Account of plague administration in the Bombay Presidency from September 1896 till May 1897
Year: 1896
Disease focus: Plague
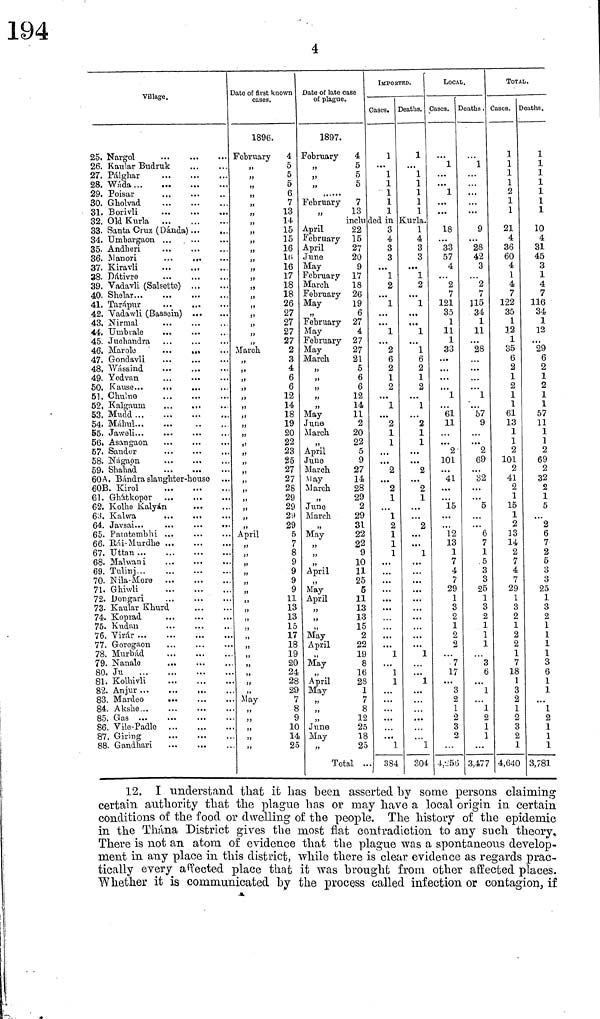
4
Village.
25. Nargol
26. Kaular Budruk
27. Pálghar
28. Wáda
29. Poisar
30. Gholvad
31. Borivli
32. Old Kurla
33. Sauta Cruz (Dánda)
34. Umbargaon
35. Andheri
36. Manori
37. Kiravli
38. Dátivre
39. Vadavli (Salsette)
40. Shelar
41. Tarápur
42. Vadawli (Bassein)
43, Nirmal
44. Umbrale
...
45. Juchandra
46.
Marole
...
,
47. Gondavli
...
...
48, Wássind
49. Yedvan
51. Chaine
52, Kalgaum
...
...
53. Mudd
54. Máhul
56. Asangaon
...
...
...
57· Sandor
58. Nágapn
59, Shahad
60A. Bándra slaughter-house
60B. Kirol
61. Ghâtkopor
62. Kolhe Kalyán
63. Kalwa
65. Patntembhi
66. Rίi-Murdhe
67. Uttan
68. Malvani
69. Tulitij
70. Nila-More
71. Ghiwli
72. Dongari
73- Kaular Khurd
74. Koprad
75. Kudan
76. Virar
77. Goregaon
78. Murbád
79.
Nanale
..,
80. Ju
81. Kolhivli
82.
Anjur
...
83. Mardeo
84. Akshe
85. Gas
86. Vile-Padle
87. Giring
88. Gandhari
Date of first known
casos.
1896.
February
4
,,
5
,, 5
,, 5
,, 6
,, 7
,, 13
,, 14
,, 15
,, 15
,, 16
,, 16
,, 16
,, 17
,, 18
,, 18
,, 26
,, 27
,, 27
,, 27
,, 27
March
2
,, 3
,, 4
,, 6
,, 6
,, 12
,, 14
,, 18
,, 19
,, 20
,, 22
,, 23
,, 25
,, 27
,, 27
,, 28
,, 29
,, 29
,, 29
,, 29
April
5
,, 7
,, 8
,, 9
,, 9
,, 9
,, 9
,, 11
,, 13
,, 13
,, 15
,, 17
,, 18
,, 19
,, 20
,, 24
,, 28
,, 29
May
7
,, 8
,, 9
,, 10
,, 14
,, 25
Date of late case
of plague.
1897.
February
4
,, 5
,, 5
,, 5
February
7
,, 13
included
April
22
February 15
April
27
June
20
May
9
February 17
March
18
February 26
May
19
,, 6
February 27
May
4
February 27
May
27
March
21
,, 5
,, 6
,, 6
,, 12
,, 14
May
11
June
2
March
20
,, 22
April
5
June
9
March
27
May
14
March
28
,, 29
June
2
March
29
,, 31
May
22
,, 22
,, 9
,, 10
April
11
,, 25
May
5
April
11
,, 13
,, 3
,, 15
May
2
April
22
,, 19
May
8
,, 16
April
28
May
1
,, 7
,, 8
,, 12
June
25
May
18
,, 25
Total
IMPORTeD.
Oases.
1
1
1
1
1
1
in
3
4
3
3
1
2
1
1
2
6
2
1
2
1
2
1
1
2
2
1
1
2
1
1
1
1
1
1
1
384
Deaths.
1
1
1
1
1
1
Kurla.
1
4
3
3
1
2
1
1
1
6
2
1
2
1
2
1
1
2
2
1
2
1
1
1
1
304
LOCAL.
Cases.
1
1
18
33
57
4
2
7
121
35
1
11
1
33
1
61
11
2
101
41
15
l2
13
1
7
4
?
29
1
3
2
1
2
2
7
17
3
2
1
2
3
2
4, 256
Deaths .
1
9
28
42
3
2
7
115
34
1
11
28
1
57
9
2
69
32
5
6
7
1
5
3
3
25
1
3
2
1
1
1
3
6
1
1
2
1
1
3,477
TOTAL·.
Cases.
1
1
1
1
2
1
1
21
4
36
60
4
1
4
7
122
35
1
12
1
35
6
2
1
2
1
1
61
13
1
1
2
101
2
41
2
1
15
1
2
13
14
2
7
4
7
29
1
3
2
1
2
2
1
7
18
1
3
2
1
2
3
2
1
4,640
Deaths.
1
1
1
1
1
1
1
10
4
31
45
3
1
4
7
116
34
1
12
29
6
2
1
2
1
1
57
11
1
1
2
69
2
32
2
1
5
2
6
7
2
5
3
3
25
1
3
2
1
1
1
1
3
6
1
1
1
2
1
1
1
3,781
12. I understand that it has been asserted by some persons claiming
certain authority that the plague has or may have a local origin in certain
conditions of the food or dwelling of the people. The history of the epidemic
in the Thána District gives the most flat contradiction to any such theory.
There is not an atom of evidence that the plague was a spontaneous develop-
ment in any place in this district, while there is clear evidence as regards prac-
tically every affected place that it was brought from other affected places.
Whether it is communicated by the process called infection or contagion, if